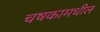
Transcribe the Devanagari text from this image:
चषकामधील